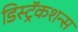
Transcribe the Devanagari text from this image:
डिस्ट्रॅकशन्स